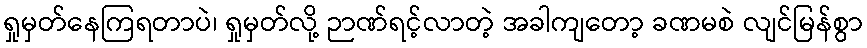
ရှုမှတ်နေကြရတာပဲ၊ ရှုမှတ်လို့ ဉာဏ်ရင့်လာတဲ့ အခါကျတော့ ခဏမစဲ လျင်မြန်စွာ